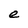
Character: e